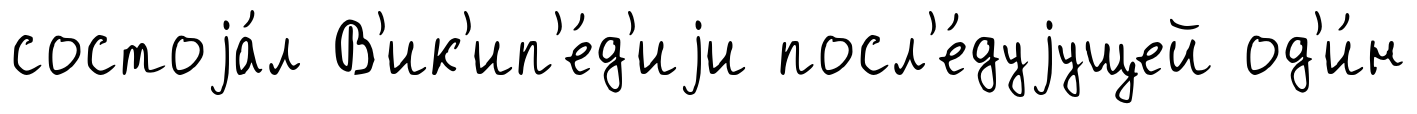
состоjа́л В'ик'ип'е́д'иjи посл'е́дуjущей од'и́н